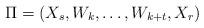
LaTeX: \begin{align*} \Pi = (X_s, W_k, \dots, W_{k+t}, X_r) \end{align*}